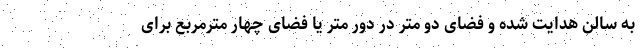
به سالن هدایت شده و فضای دو متر در دور متر یا فضای چهار مترمربع برای